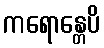
ကရောန္တေပိ